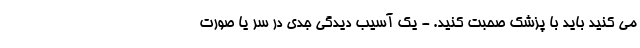
می کنید باید با پزشک صحبت کنید. - یک آسیب دیدگی جدی در سر یا صورت